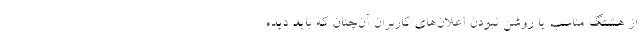
از هشتگ مناسب یا روشن نبودن اعلان‌های کاربران آن‌چنان که باید دیده